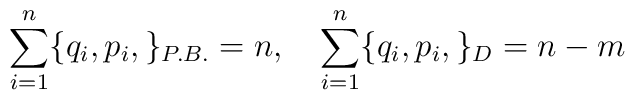
\sum_{i =1}^{n}\{q_i, p_i, \}_{P.B.} = n, \quad\sum_{i =1}^{n}\{q_i, p_i, \}_{D}= {n-m}